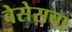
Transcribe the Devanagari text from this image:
बेसेसचा